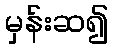
မှန်းဆ၍